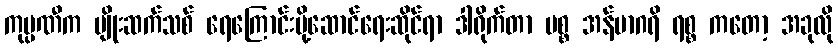
ကုမ္ပဏီက မျိုးဆက်သစ် ရေကြောင်းပို့ဆောင်ရေးဆိုင်ရာ ဒါရိုက်တာ မစ္စ အန်မာဂရိ ရစ္စ ကတော့ အခုလို